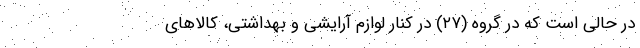
در حالی است که در گروه (۲۷) در کنار لوازم آرایشی و بهداشتی، کالاهای